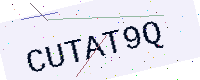
Text: CUTAT9Q